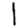
Digit: 1